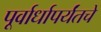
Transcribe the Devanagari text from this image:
पूर्वार्धापर्यंतचे